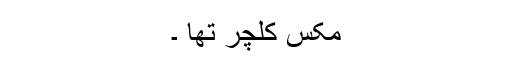
مکس کلچر تھا ۔